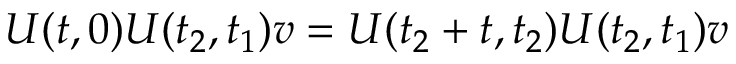
U ( t , 0 ) U ( t _ { 2 } , t _ { 1 } ) v = U ( t _ { 2 } + t , t _ { 2 } ) U ( t _ { 2 } , t _ { 1 } ) v